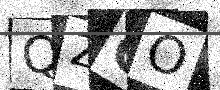
Text: QZGO